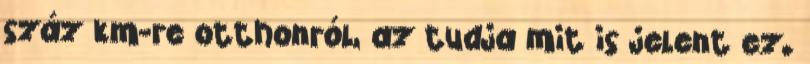
száz km-re otthonról, az tudja mit is jelent ez.